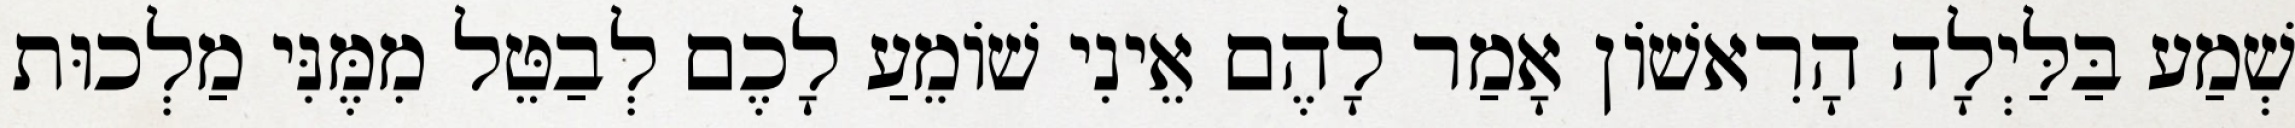
שְׁמַע בַּלַּיְלָה הָרִאשׁוֹן אָמַר לָהֶם אֵינִי שׁוֹמֵעַ לָכֶם לְבַטֵּל מִמֶּנִּי מַלְכוּת